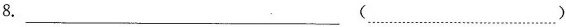
8.___ (……)